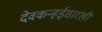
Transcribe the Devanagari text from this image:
देवकन्हईसारखी